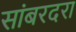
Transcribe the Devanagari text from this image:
सांबरदरा